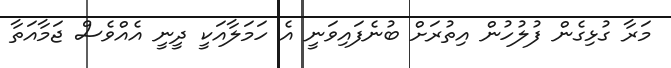
މަރާ ގުޅިގެން ފުލުހުން އިތުރަށް ބުނެފައިވަނީ އެ ހަމަލާއަކީ ދީނީ އެއްވެސް ޖަމާއަތާ